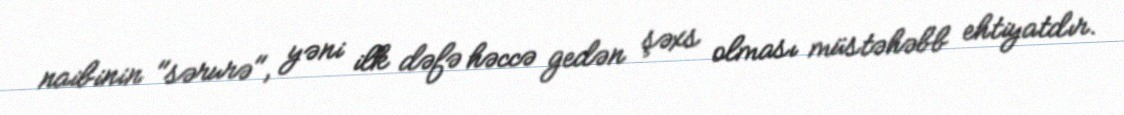
naibinin "sərurə", yəni ilk dəfə həccə gedən şəxs olması müstəhəbb ehtiyatdır.